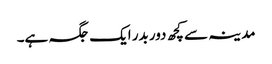
مدینہ سے کچھ دور بدر ایک جگہ ہے۔